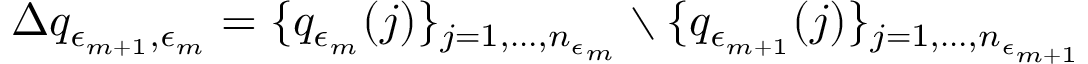
\Delta q _ { \epsilon _ { m + 1 } , \epsilon _ { m } } = \{ q _ { \epsilon _ { m } } ( j ) \} _ { j = 1 , \dots , n _ { \epsilon _ { m } } } \setminus \{ q _ { \epsilon _ { m + 1 } } ( j ) \} _ { j = 1 , \dots , n _ { \epsilon _ { m + 1 } } }